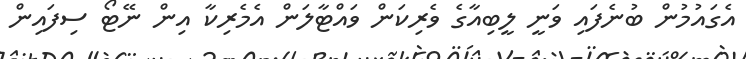
އެގައުމުން ބުނެފައި ވަނީ ލީބިއާގެ ވެރިކަން ވައްޓާލަން އެމެރިކާ އިން ނޭޓޯ ސިފައިން